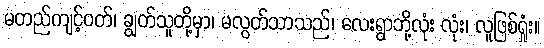
မတည်ကျင့်ဝတ်၊ ချွတ်သူတို့မှာ၊ မလွတ်သာသည်၊ လေးရွာဘို့လုံး လုံး၊ လူဖြစ်ရှုံး။